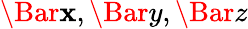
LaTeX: \Bar{\mathbf{x}},\Bar{y},\Bar{z}